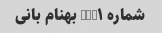
شماره NUM۱ بهنام بانی